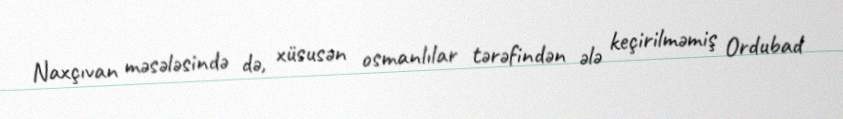
Naxçıvan məsələsində də, xüsusən osmanlılar tərəfindən ələ keçirilməmiş Ordubad